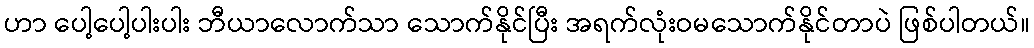
ဟာ ပေါ့ပေါ့ပါးပါး ဘီယာလောက်သာ သောက်နိုင်ပြီး အရက်လုံးဝမသောက်နိုင်တာပဲ ဖြစ်ပါတယ်။